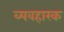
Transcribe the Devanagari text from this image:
व्यवहारक